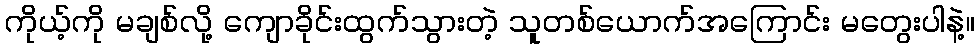
ကိုယ့်ကို မချစ်လို့ ကျောခိုင်းထွက်သွားတဲ့ သူတစ်ယောက်အကြောင်း မတွေးပါနဲ့။